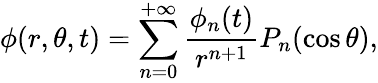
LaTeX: \phi(r,\theta,t)=\sum_{n=0}^{+\infty}\frac{\phi_{n}(t)}{r^{n+1}}P_{n}(\cos\theta),